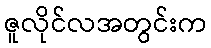
ဇူလိုင်လအတွင်းက